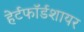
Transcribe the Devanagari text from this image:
हेर्टफाॅर्डशायर